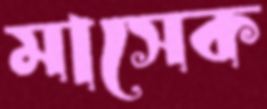
মাসেক